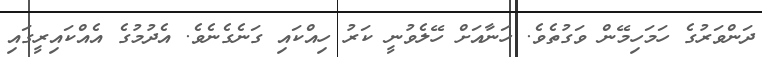
ދަންވަރުގެ ހަމަހިމޭން ވަގުތެވެ. ހަނާއަށް ހޭލެވުނީ ކަރު ހިއްކައި ގަނެގެނެވެ. އެދުމުގެ އެއްކައިރީގައި